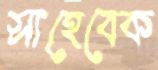
সাহেবেক